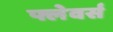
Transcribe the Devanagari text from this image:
फ्लेवर्स